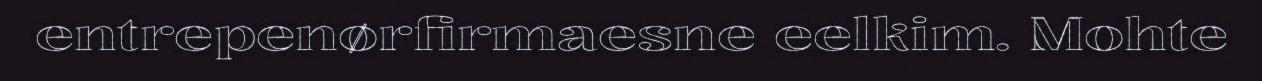
entrepenørfirmaesne eelkim. Mohte